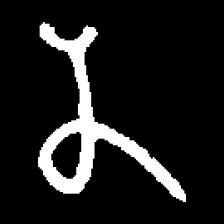
Pyu character \u2014 Myanmar letter: န (romanized: na)